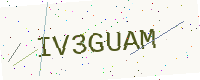
Text: IV3GUAM